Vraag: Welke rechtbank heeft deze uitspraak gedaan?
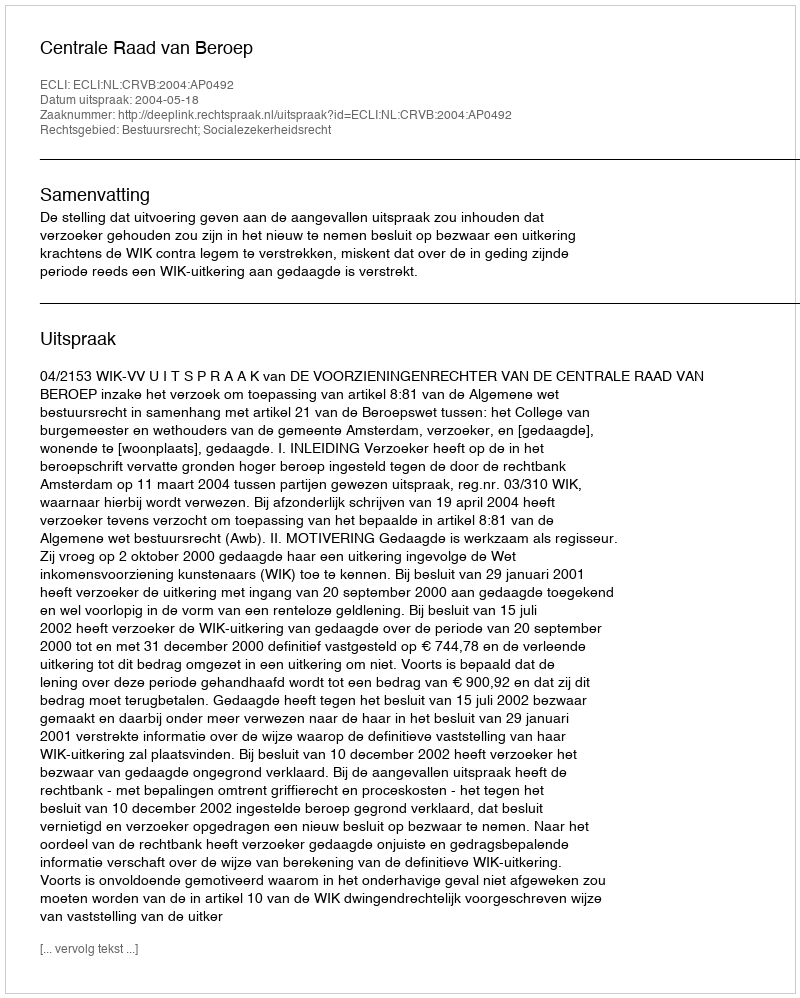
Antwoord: Centrale Raad van Beroep